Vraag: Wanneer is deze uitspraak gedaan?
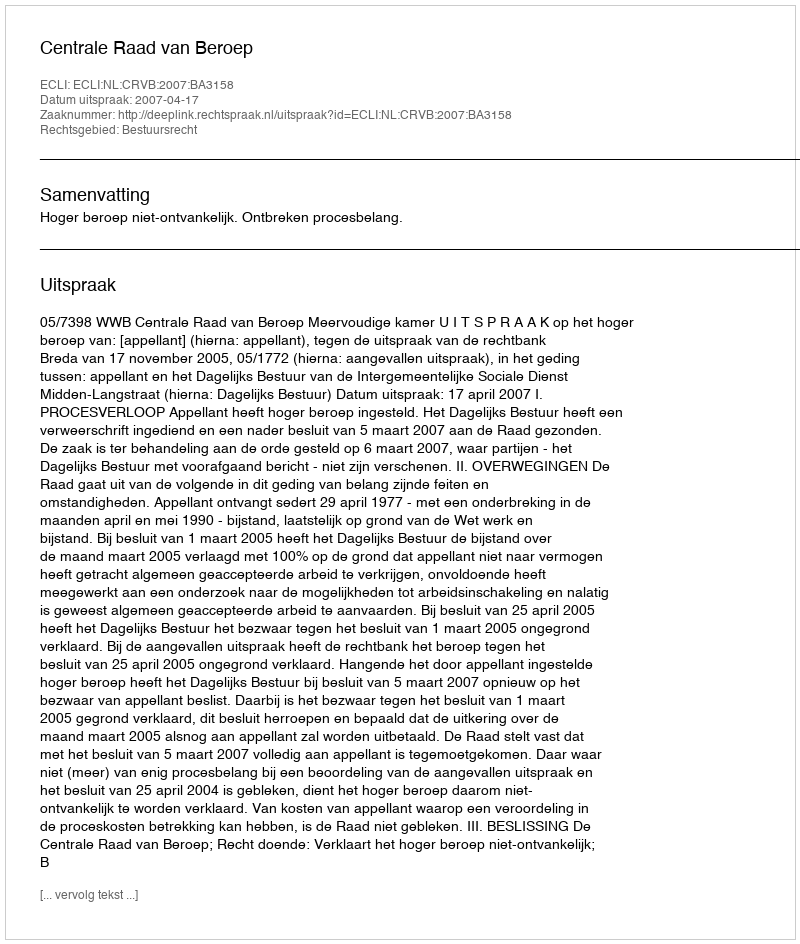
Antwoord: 2007-04-17